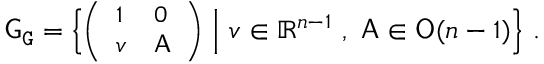
{ \mathsf { G } } _ { \mathtt { G } } = \Big \{ { \small \bigg ( \begin{array} { l l } { 1 } & { 0 } \\ { v } & { { \mathsf { A } } } \end{array} \bigg ) } \normalsize \ \Big | \ v \in \mathbb { R } ^ { n - 1 } \ , \ { \mathsf { A } } \in { \mathsf { O } } ( n - 1 ) \Big \} \ .